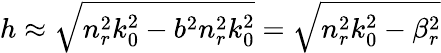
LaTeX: h\approx\sqrt{n_{r}^{2}k_{0}^{2}-b^{2}n_{r}^{2}k_{0}^{2}}=\sqrt{n_{r}^{2}k_{0}^{2}-\beta_{r}^{2}}